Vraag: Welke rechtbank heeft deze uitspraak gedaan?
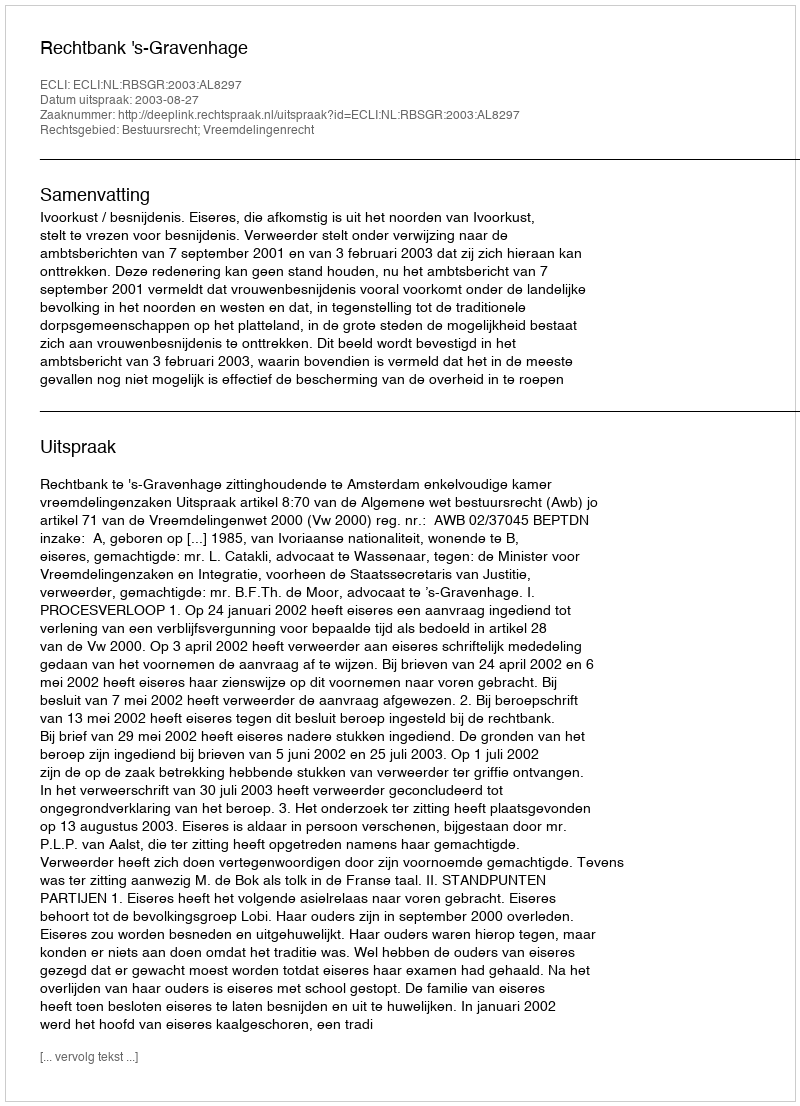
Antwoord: Rechtbank 's-Gravenhage